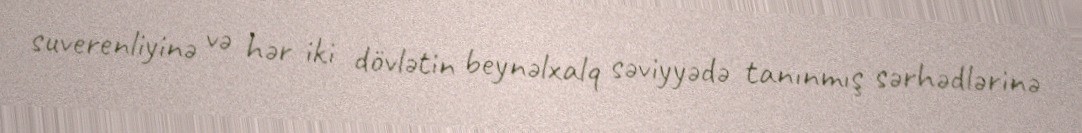
suverenliyinə və hər iki dövlətin beynəlxalq səviyyədə tanınmış sərhədlərinə